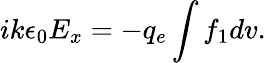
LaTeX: ik\epsilon_{0}E_{x}=-q_{e}\int f_{1}dv.